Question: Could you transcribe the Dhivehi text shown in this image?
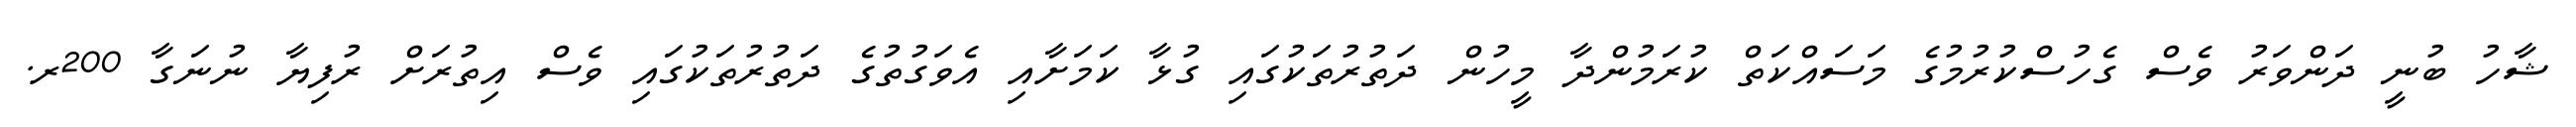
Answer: ޝާހު ބުނީ ދަންވަރު ވެސް ގެހުސްކުރުމުގެ މަސައްކަތް ކުރަމުންދާ މީހުން ދަތުރުތަކުގައި ގުޅާ ކަމަށާއި އެވަގުތުގެ ދަތުރުތަކުގައި ވެސް އިތުރަށް ރުފިޔާ ނުނަގާ 200ރ.